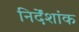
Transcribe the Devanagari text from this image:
निर्देंशांक